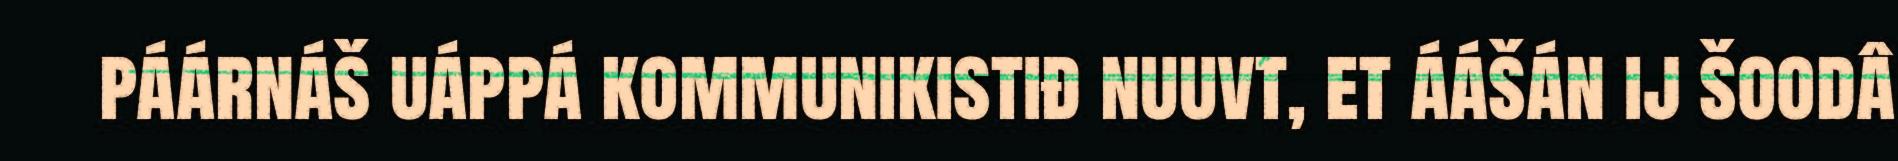
páárnáš uáppá kommunikistiđ nuuvt, et áášán ij šoodâ